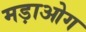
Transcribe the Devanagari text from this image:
मड़ाओग